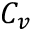
C _ { v }